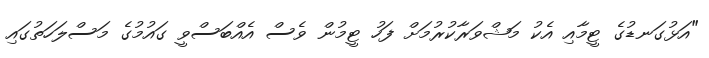
"އަޅުގަނޑުގެ ޓީމާއި އެކު މަޝްވަރާކުރުމަށް ފަހު ޓީމުން ވެސް އެއްބަސްވީ ގައުމުގެ މަސްލަހަތުގައި